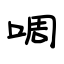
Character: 啁